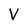
Character: V